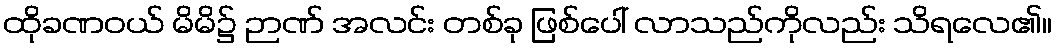
ထိုခဏဝယ် မိမိ၌ ဉာဏ် အလင်း တစ်ခု ဖြစ်ပေါ် လာသည်ကိုလည်း သိရလေ၏။